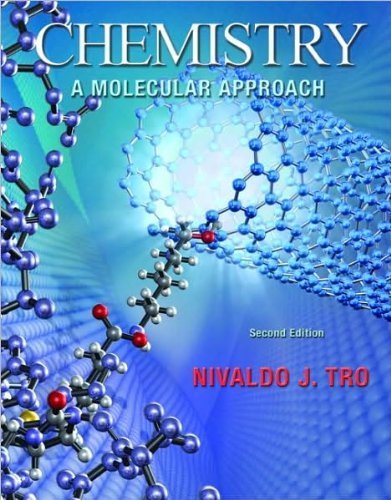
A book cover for Chemistry(Chemistry: A Molecular Approach) (2nd Edition) [Hardcover](2010)byNivaldo J. Tro; J., T., (Author) Tro; Science & Math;